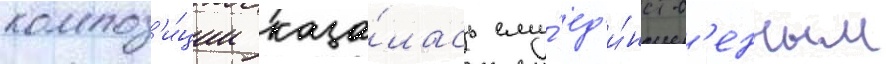
композ'и́ции каза́лась ему́ ед'и́нств'енным